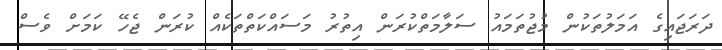
ދަރަޖައިގެ އަމަލުތަކުން މުޖުތަމައު ސަލާމަތްކުރަން އިިތުރު މަސައްކަތްތަކެއް ކުރަން ޖެހޭ ކަމަށް ވެސް